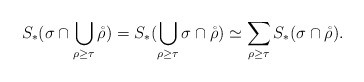
\begin{align*}S_*(\sigma\cap\bigcup_{\rho\geq\tau}\mathring{\rho})=S_*(\bigcup_{\rho\geq\tau}\sigma\cap\mathring{\rho})\simeq\sum_{\rho\geq\tau}S_*(\sigma\cap\mathring{\rho}).\end{align*}